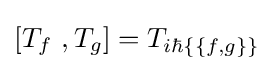
[T_{f}~,T_{g}]=T_{i\hbar \{\{f,g\}\}}